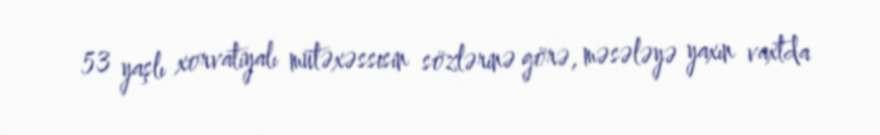
53 yaşlı xorvatiyalı mütəxəssisin sözlərinə görə, məsələyə yaxın vaxtda